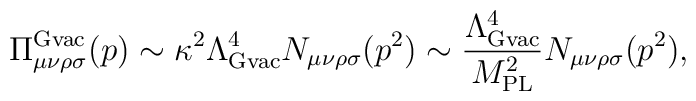
\Pi^{\rm {\rm Gvac}}_{\mu\nu\rho\sigma}(p)\sim\kappa^2\Lambda_{{\rm Gvac}}^4N_{\mu\nu\rho\sigma}(p^2)\sim\frac{\Lambda_{{\rm Gvac}}^4}{M^2_{\rm PL}}N_{\mu\nu\rho\sigma}(p^2),